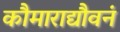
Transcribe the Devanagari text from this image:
कौमाराद्यौवनं